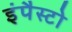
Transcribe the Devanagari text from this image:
इंपैस्टो